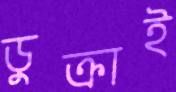
ডুক্‌রাই